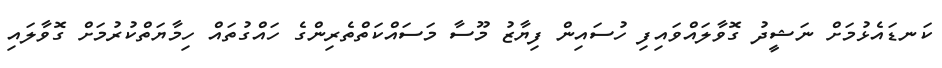
ކަނޑައެޅުމަށް ނަޝީދު ގޮވާލައްވައިފި ހުސައިން ފިޔާޒު މޫސާ މަސައްކަތްތެރިންގެ ހައްގުތައް ހިމާޔަތްކުރުމަށް ގޮވާލައި